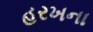
હરખના